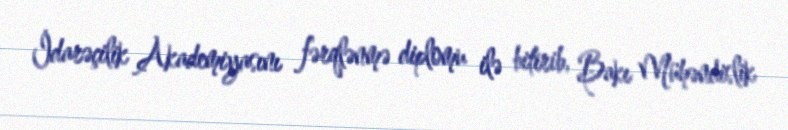
İdarəçilik Akademiyasını fərqlənmə diplomu ilə bitirib, Bakı Mühəndislik